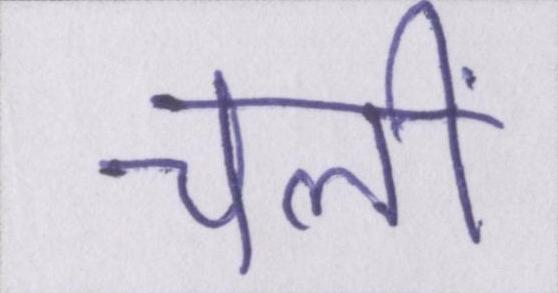
चलीं